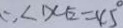
\therefore \angle D C E = 4 5 ^ { \circ }